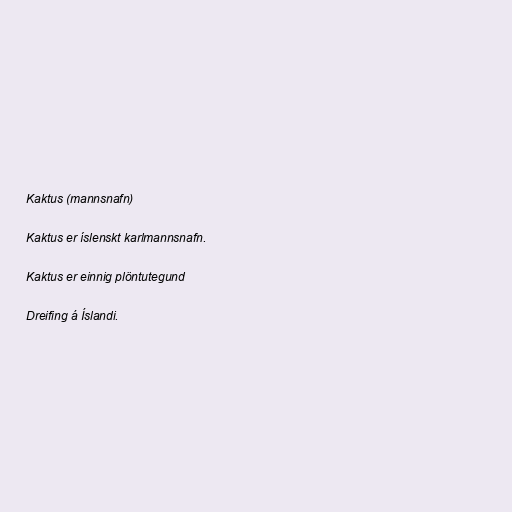
Kaktus (mannsnafn)

Kaktus er íslenskt karlmannsnafn.

Kaktus er einnig plöntutegund

Dreifing á Íslandi.